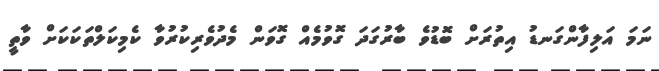
ނަމަ އަލިފާންގަނޑު އިތުރަށް ބޮޑުވެ ބާރުގަދަ ގޮވުމެއް ގޮވަން މެދުވެރިކުރުވާ ކެމިކަލްތަކަކަށް ވާތީ